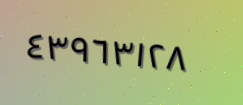
٤٣٩٦٣١٢٨